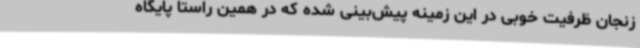
زنجان ظرفیت خوبی در این زمینه پیش‌بینی شده که در همین راستا پایگاه